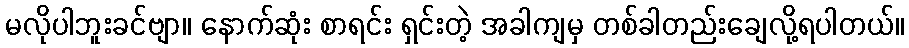
မလိုပါဘူးခင်ဗျာ။ နောက်ဆုံး စာရင်း ရှင်းတဲ့ အခါကျမှ တစ်ခါတည်းချေလို့ရပါတယ်။